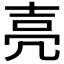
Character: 𡔧